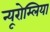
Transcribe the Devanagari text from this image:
न्यूरोम्लिया